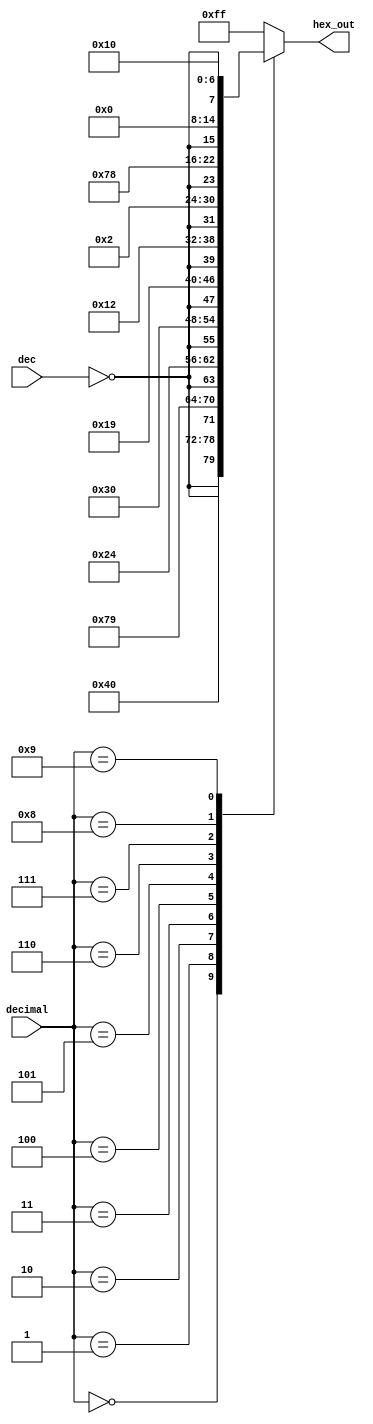
module bcd_decoder(
	input				[3:0]	decimal,
	input						dec,
	output	reg	[7:0] hex_out
);

always @(decimal, dec)
begin

	case (decimal)
//	begin
		0: hex_out = { !dec, 7'b1000000 };
		1: hex_out = { !dec, 7'b1111001 };
		2: hex_out = { !dec, 7'b0100100 };
		3: hex_out = { !dec, 7'b0110000 };
		4: hex_out = { !dec, 7'b0011001 };
		5: hex_out = { !dec, 7'b0010010 };
		6: hex_out = { !dec, 7'b0000010 };
		7: hex_out = { !dec, 7'b1111000 };
		8: hex_out = { !dec, 7'b0000000 };
		9: hex_out = { !dec, 7'b0010000 };
		default: hex_out = 8'hff;
	endcase

end // always

endmodule